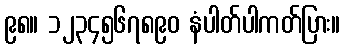
၉၈။ ၁၂၃၄၅၆၇၈၉၀ နံပါတ်ပါကတ်ပြား။